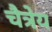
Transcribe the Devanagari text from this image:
चैत्रेय